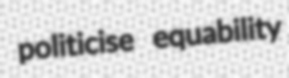
politicise equability